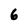
Character: 6